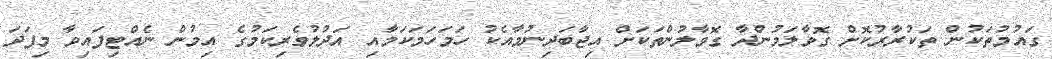
ގައުމުތަކުން ތަކުރާރުކޮށް ގޮވާލަމުންދާ ގޮވާލުންތަކަށް އިޖާބަދިނުމާއެކު ހަމަހަމަކަމާއި އަދުލުވެރިކަމުގެ އިމުން ނެއްޓިފައިވާ މިފަދަ